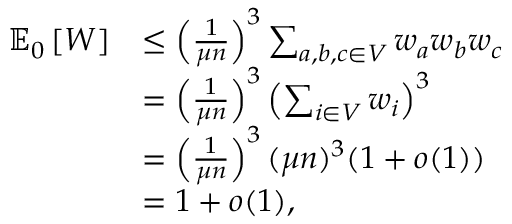
\begin{array} { r l } { \mathbb { E } _ { 0 } \left[ W \right] } & { \leq \left( \frac { 1 } { \mu n } \right) ^ { 3 } \sum _ { a , b , c \in V } w _ { a } w _ { b } w _ { c } } \\ & { = \left( \frac { 1 } { \mu n } \right) ^ { 3 } \left( \sum _ { i \in V } w _ { i } \right) ^ { 3 } } \\ & { = \left( \frac { 1 } { \mu n } \right) ^ { 3 } ( \mu n ) ^ { 3 } ( 1 + o ( 1 ) ) } \\ & { = 1 + o ( 1 ) , } \end{array}